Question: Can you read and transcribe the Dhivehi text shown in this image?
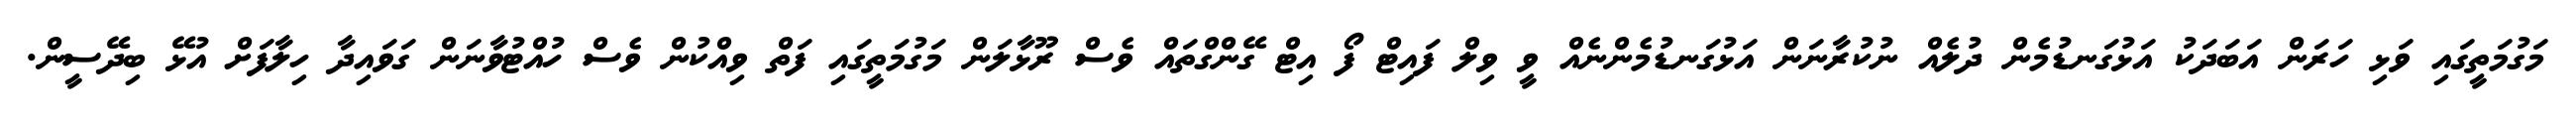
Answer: މަގުމަތީގައި ވަޅި ހަރަން އަބަދަކު އަޅުގަނޑުމެން ދުލެއް ނުކުރާނަން އަޅުގަނޑުމެންނެއް ވީ ވިލް ފައިޓް ފޯ އިޓް ގޭންގްތައް ވެސް ރޫޅާލަން މަގުމަތީގައި ފަތް ވިއްކުން ވެސް ހުއްޓުވާނަން ގަވައިދާ ހިލާފަށް އުޅޭ ބިދޭސީން.